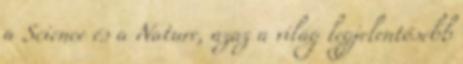
a Science és a Nature, azaz a világ legjelentősebb